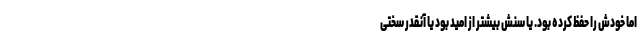
اما خودش را حفظ کرده بود. یا سنش بیشتر از امید بود یا آنقدر سختی